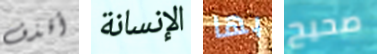
أقذف الإنسانة بها صحيح